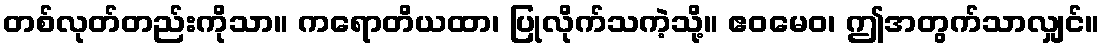
တစ်လုတ်တည်းကိုသာ။ ကရောတိယထာ၊ ပြုလိုက်သကဲ့သို့။ ဧဝမေဝ၊ ဤအတွက်သာလျှင်။